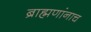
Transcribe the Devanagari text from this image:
ब्राह्मणांनाच